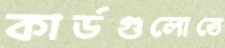
কার্ডগুলোতে